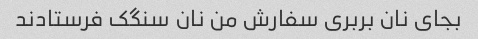
بجای نان بربری سفارش من نان سنگک فرستادند